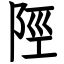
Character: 陘